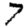
Digit: 7